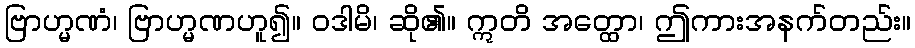
ဗြာဟ္မဏံ၊ ဗြာဟ္မဏဟူ၍။ ဝဒါမိ၊ ဆို၏။ ဣတိ အတ္ထော၊ ဤကားအနက်တည်း။